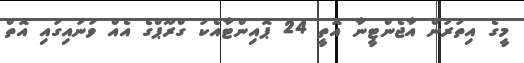
މީގެ އިތުރުން އާޖެންޓީނާ އޮތީ 24 ޕޮއިންޓާއެކު ގްރޫޕްގެ އެއް ވަނައިގައި އޮތް